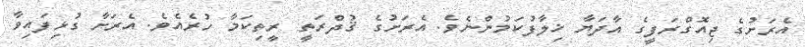
އެރަށުގެ ޖިއޮގްރަފީގެ އާދަޔާ ޚިލާފުކަމުންނެވެ. އެރަށުގެ ޤުދްރަތީ ރީތިކަމާ ހުރެއެވެ. އެރަށާ ގުޅިފައިވާ